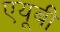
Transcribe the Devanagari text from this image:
एयूबी